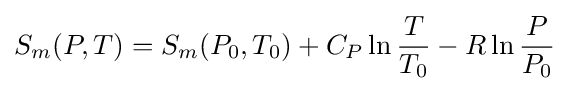
S_{m}(P,T)=S_{m}(P_{0},T_{0})+C_{P}\ln {\frac {T}{T_{0}}}-R\ln {\frac {P}{P_{0}}}